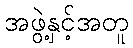
အဖွဲ့နှင့်အတူ